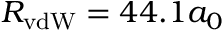
R _ { \mathrm { v d W } } = 4 4 . 1 a _ { 0 }